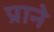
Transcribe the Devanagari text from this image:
प्राने